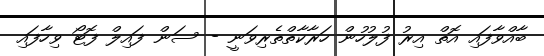
ބާއްވާފައި އޮތް އިރު ފުލުހުން ހަރާކާތްތެރިވަނީ - ސަން ފައިލް ފޮޓޯ ވިހާފައި